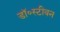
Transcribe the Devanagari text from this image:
डॉ॰स्टीवन